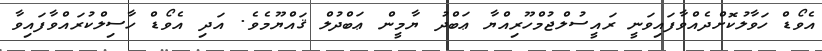
އެވޯޑް ހަވާލުކޮށްދެއްވާފައިވަނީ ރައީސުލްޖުމްހޫރިއްޔާ ޢަބްދު ޔާމީން ޢަބްދުލް ޤައްޔޫމެވެ. އަދި އެވޯޑް ހާސިލްކުރައްވާފައިވާ